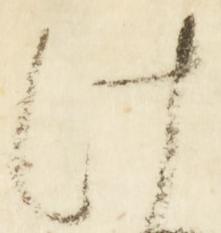
け